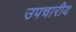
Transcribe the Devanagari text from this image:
उपचारीय